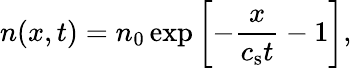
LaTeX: n(x,t)=n_{0}\exp\left[-\frac{x}{c_{\mathrm{s}}t}-1\right],